Madras plague regulations in force outside the Presidency town - Volume 3
Disease focus: Plague
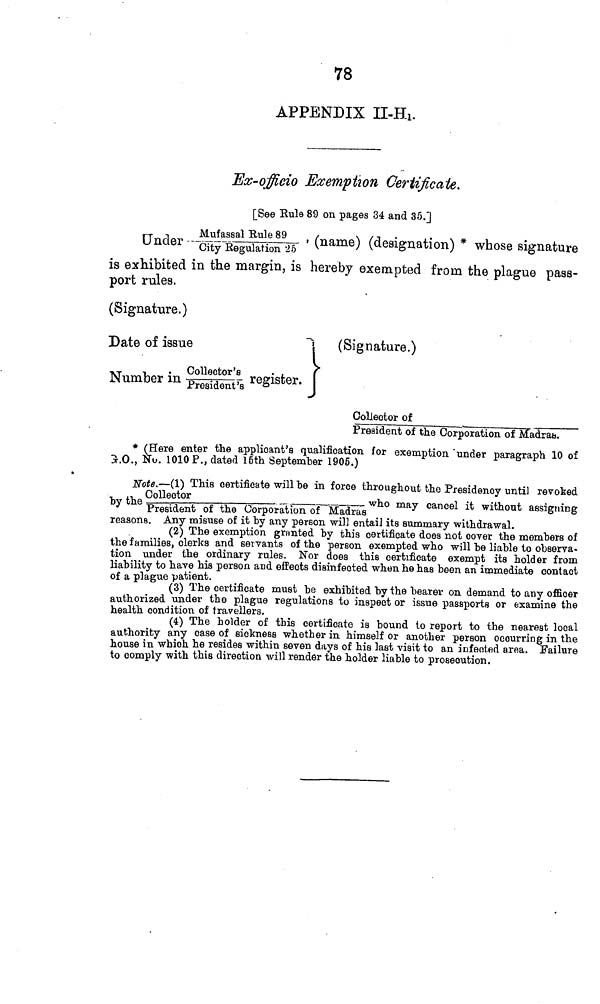
78
APPENDIX n-Hi.
Ex-officio Exemption Certificate.
[See Rule 89 on pages 34 and 35.]
P°te--aSjX£^1* ' (name) ( aesi s nation ) * wh°se si e nataî
s exhibited in the margin, is hereby exempted from the plague pass-
port rules.
(Signature.)
Date of issue
~\
»-r
-,
. Collector's
• ,
T
Number m Pre9Ídent r s register.
(Signature.)
Collector of
President of the Corporation of Madras.
* (Here enter the applicant's qualification for exemption "under paragraph 10 of
3-.O., No. 1010 P., dated 16th September 1905.)
Noie.—(1) This certificate will he in force throughout the Presidency until revoked
hy the ° eo°r —^—
_
^_^— who may cancel it without assigning
J
President of the Corporation of Madras
o o
reasons. Any misuse of it hy any person will entail its summary withdrawal.
(2) The exemption granted by this certificate does not cover the members of
the families, clerks and seivants of the person exempted who will be liable to observa-
tion under the ordinary rules. Nor does this certificate exempt its holder from
liability to have his person and effects disinfected when he has been an immediate contact
of a plague patient.
(3) The certificate must be exhibited by the bearer on demand to any officer
authorized under the plague regulations to inspect or issue passports or examine the
health condition of travellers.
(4) The holder of this certificate is bound to report to the nearest local
authority any case of sickness whether in himself or another person occurring in the
house in which he resides within seven days of his last visit to an infeoted area. Failure
to comply with this direction will render the holder liable to prosecution.